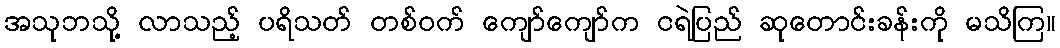
အသုဘသို့ လာသည့် ပရိသတ် တစ်ဝက် ကျော်ကျော်က ငရဲပြည် ဆုတောင်းခန်းကို မသိကြ။